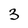
Character: 3